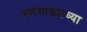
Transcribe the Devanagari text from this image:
रणगाड्याच्या